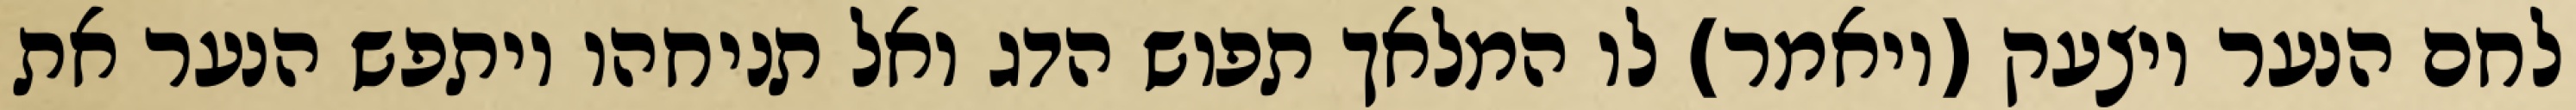
לחם הנער ויצעק (ויאמר) לו המלאך תפוש הדג ואל תניחהו ויתפש הנער את